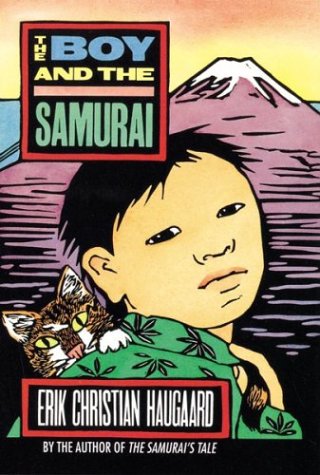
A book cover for The Boy and the Samurai; Erik C. Haugaard; Teen & Young Adult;